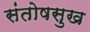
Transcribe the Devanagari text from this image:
संतोषसुख